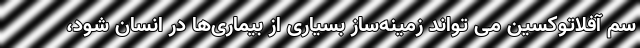
سم آفلاتوکسین می تواند زمینه‌ساز بسیاری از بیماری‌ها در انسان شود،